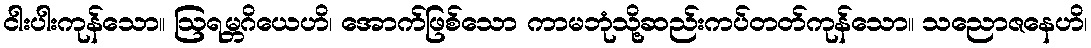
ငါးပါးကုန်သော။ ဩရမ္ဘဂိယေဟိ၊ အောက်ဖြစ်သော ကာမဘုံသို့ဆည်းကပ်တတ်ကုန်သော။ သညောဇနေဟိ၊